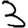
Digit: 3